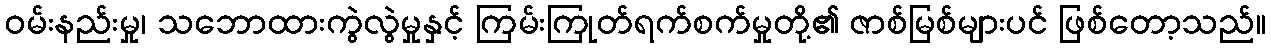
ဝမ်းနည်းမှု၊ သဘောထားကွဲလွဲမှုနှင့် ကြမ်းကြုတ်ရက်စက်မှုတို့၏ ဇာစ်မြစ်များပင် ဖြစ်တော့သည်။